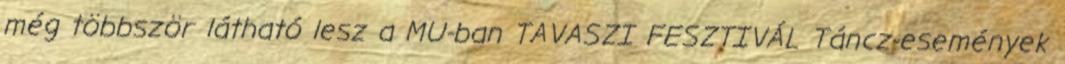
még többször látható lesz a MU-ban TAVASZI FESZTIVÁL Táncz-események